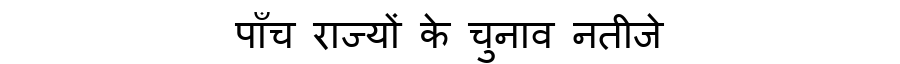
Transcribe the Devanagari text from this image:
पाँच राज्यों के चुनाव नतीजे